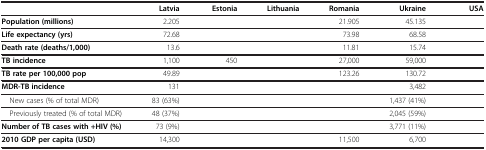
<table><thead><tr><td>[EMPTY_CELL]</td><td><b>Latvia</b></td><td><b>Estonia</b></td><td><b>Lithuania</b></td><td><b>Romania</b></td><td><b>Ukraine</b></td><td><b>USA</b></td></tr></thead><tbody><tr><td><b>Population (millions)</b></td><td>2.205</td><td>[EMPTY_CELL]</td><td>[EMPTY_CELL]</td><td>21.905</td><td>45.135</td><td>[EMPTY_CELL]</td></tr><tr><td><b>Life expectancy (yrs)</b></td><td>72.68</td><td>[EMPTY_CELL]</td><td>[EMPTY_CELL]</td><td>73.98</td><td>68.58</td><td>[EMPTY_CELL]</td></tr><tr><td><b>Death rate (deaths/1,000)</b></td><td>13.6</td><td>[EMPTY_CELL]</td><td>[EMPTY_CELL]</td><td>11.81</td><td>15.74</td><td>[EMPTY_CELL]</td></tr><tr><td><b>TB incidence</b></td><td>1,100</td><td>450</td><td>[EMPTY_CELL]</td><td>27,000</td><td>59,000</td><td>[EMPTY_CELL]</td></tr><tr><td><b>TB rate per 100,000 pop</b></td><td>49.89</td><td>[EMPTY_CELL]</td><td>[EMPTY_CELL]</td><td>123.26</td><td>130.72</td><td>[EMPTY_CELL]</td></tr><tr><td><b>MDR-TB incidence</b></td><td>131</td><td>[EMPTY_CELL]</td><td>[EMPTY_CELL]</td><td>[EMPTY_CELL]</td><td>3,482</td><td>[EMPTY_CELL]</td></tr><tr><td> New cases (% of total MDR)</td><td>83 (63%)</td><td>[EMPTY_CELL]</td><td>[EMPTY_CELL]</td><td>[EMPTY_CELL]</td><td>1,437 (41%)</td><td>[EMPTY_CELL]</td></tr><tr><td> Previously treated (% of total MDR)</td><td>48 (37%)</td><td>[EMPTY_CELL]</td><td>[EMPTY_CELL]</td><td>[EMPTY_CELL]</td><td>2,045 (59%)</td><td>[EMPTY_CELL]</td></tr><tr><td><b>Number of TB cases with +HIV (%)</b></td><td>73 (9%)</td><td>[EMPTY_CELL]</td><td>[EMPTY_CELL]</td><td>[EMPTY_CELL]</td><td>3,771 (11%)</td><td>[EMPTY_CELL]</td></tr><tr><td><b>2010 GDP per capita (USD)</b></td><td>14,300</td><td>[EMPTY_CELL]</td><td>[EMPTY_CELL]</td><td>11,500</td><td>6,700</td><td>[EMPTY_CELL]</td></tr></tbody></table>